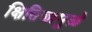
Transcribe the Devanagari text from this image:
क्षितिजामुळे